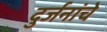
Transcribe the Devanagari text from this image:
दुर्जनांचे